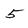
Character: 5